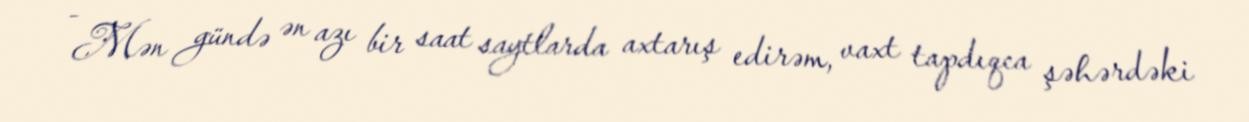
- Mən gündə ən azı bir saat saytlarda axtarış edirəm, vaxt tapdıqca şəhərdəki